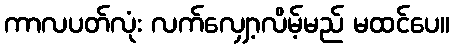
ကာလပတ်လုံး လက်လျှော့လိမ့်မည် မထင်ပေ။